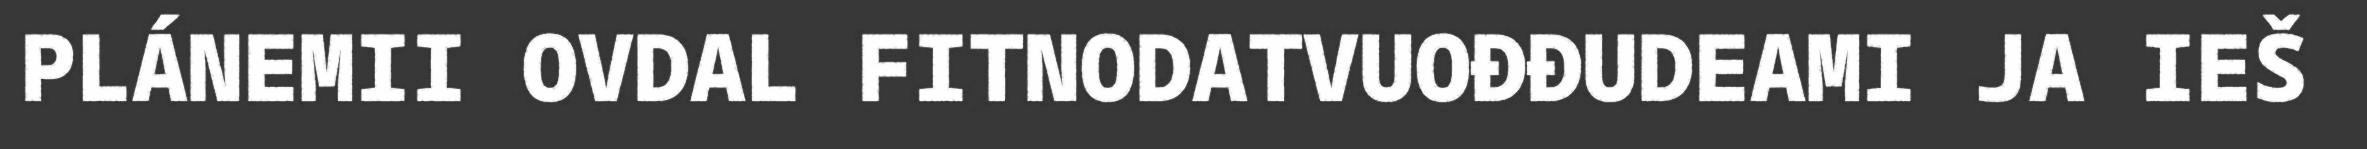
PLÁNEMII OVDAL FITNODATVUOĐĐUDEAMI JA IEŠ